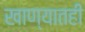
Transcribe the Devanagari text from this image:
खाण्यातही